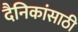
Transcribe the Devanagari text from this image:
दैनिकांसाठी